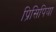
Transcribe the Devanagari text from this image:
प्रिसिपिया